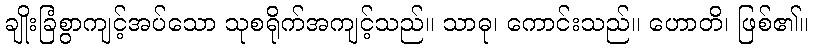
ချိုးခြံစွာကျင့်အပ်သော သုစရိုက်အကျင့်သည်။ သာဓု၊ ကောင်းသည်။ ဟောတိ၊ ဖြစ်၏။